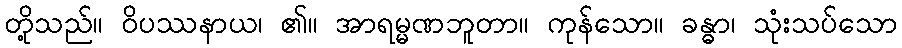
တို့သည်။ ဝိပဿနာယ၊ ၏။ အာရမ္မဏဘူတာ။ ကုန်သော။ ခန္ဓာ၊ သုံးသပ်သော